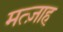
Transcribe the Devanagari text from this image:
मत्ज़ाह